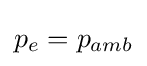
p_{e}=p_{amb}